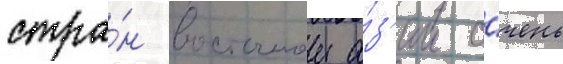
стра́н восточнои а́з'ии о́чень